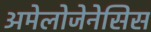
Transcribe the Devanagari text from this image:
अमेलोजेनेसिस